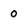
Character: 0